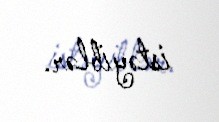
istəyiblər.